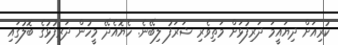
ކުރިއަށް ދިޔައީމަ ދަރިފުޅަށް މަތިވެރި ޝަރަފު ލިބޭނެ. ހެޔޮއެދޭ މީހުން ދަރިފުޅުގެ ބޮލުގައި